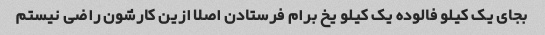
بجای یک کیلو فالوده یک کیلو یخ برام فرستادن اصلا ازین کارشون راضی نیستم